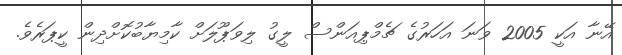
އޭނާ އަކީ 2005 ވަނަ އަހަރުގެ ޗެމްޕިއަންސް ލީގު ލިވަޕޫލަށް ކާމިޔާބުކޮށްދިން ކީޕަރެވެ.